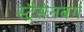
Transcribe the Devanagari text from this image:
स्ट्रैसेनबर्ग